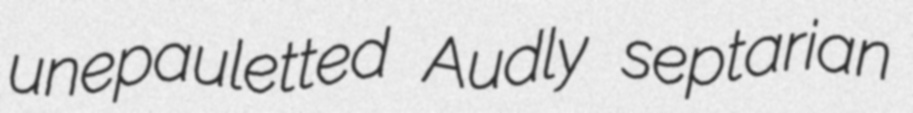
unepauletted Audly septarian